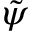
\tilde { \psi }